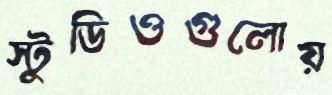
স্টুডিওগুলোয়